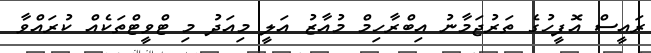
ރައީސް އޮފީހުގެ ތަރުޖަމާނު އިބްރާހިމް މުއާޒު އަލީ މިއަދު މި ޓްވީޓްތަކެއް ކުރައްވާ